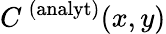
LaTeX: C^{\, (\mathrm{analyt})}(x,y)